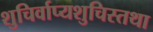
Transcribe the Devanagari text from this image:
शुचिर्वाप्यशुचिस्तथा